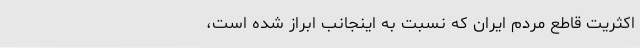
اکثریت‌ قاطع‌ مردم‌ ایران‌ که‌ نسبت‌ به‌ اینجانب‌ ابراز شده‌ است‌،